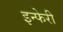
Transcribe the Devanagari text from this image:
इन्फेरी